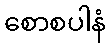
စောစပါနံ